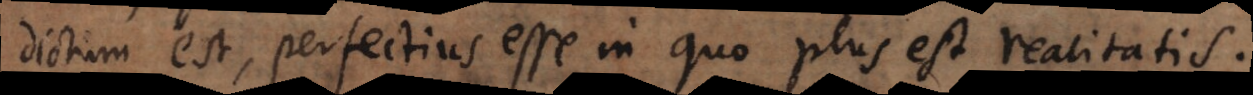
dictum est, perfectius esse in quo plus est realitatis.